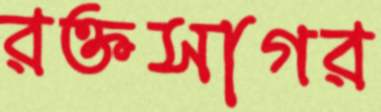
রক্তসাগর